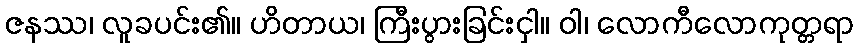
ဇနဿ၊ လူခပင်း၏။ ဟိတာယ၊ ကြီးပွားခြင်းငှါ။ ဝါ၊ လောကီလောကုတ္တရာ